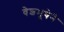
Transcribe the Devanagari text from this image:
वेशभूषेने